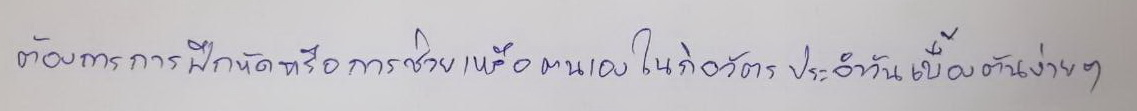
ต้องการการฝึกหัดหรือการช่วยเหลือตนเองในกิจวัตรประจำวันเบื้องต้นง่ายๆ